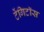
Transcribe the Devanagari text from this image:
टेंगिटॉस